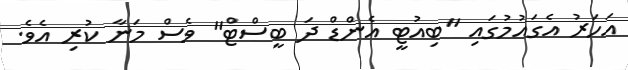
އަހަރު އެގައުމުގައި "ބިއުޓީ އެންޑް ދަ ބީސްޓް" ވެސް މަނާ ކުރި އެވެ.